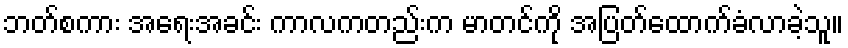
ဘတ်စကား အရေးအခင်း ကာလကတည်းက မာတင်ကို အပြတ်ထောက်ခံလာခဲ့သူ။